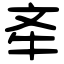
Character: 𣁄